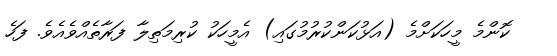
ކޮންމެ މީހަކަށްމެ (އަޅުކަންކުރުމުގައި) އެމީހަކު ކުރިމަތިލާ ފަރާތެއްވެއެވެ. ފަހެ